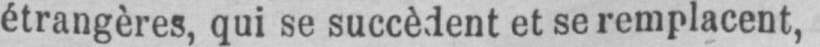
étrangères, qui se succèdent et se remplacent,